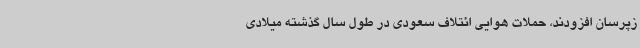
زپرسان افزودند، حملات هوایی ائتلاف سعودی در طول سال گذشته میلادی